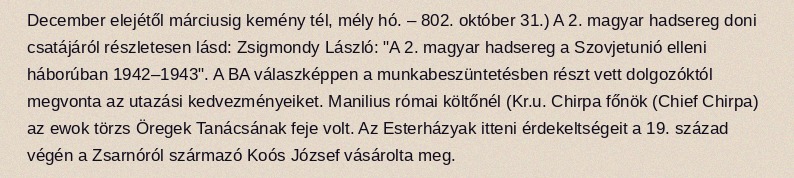
December elejétől márciusig kemény tél, mély hó. – 802. október 31.) A 2. magyar hadsereg doni csatájáról részletesen lásd: Zsigmondy László: "A 2. magyar hadsereg a Szovjetunió elleni háborúban 1942–1943". A BA válaszképpen a munkabeszüntetésben részt vett dolgozóktól megvonta az utazási kedvezményeiket. Manilius római költőnél (Kr.u. Chirpa főnök (Chief Chirpa) az ewok törzs Öregek Tanácsának feje volt. Az Esterházyak itteni érdekeltségeit a 19. század végén a Zsarnóról származó Koós József vásárolta meg.